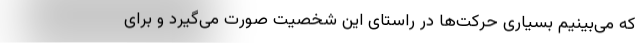
که می‌بینیم بسیاری حرکت‌ها در راستای این شخصیت صورت می‌گیرد و برای